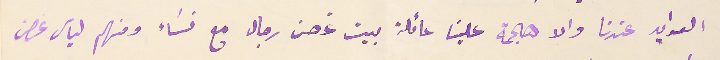
العوايد عندنا والا هجمة علينا عائلة بيت غصن رجال مع نسَاء ومنهم لياس غصن